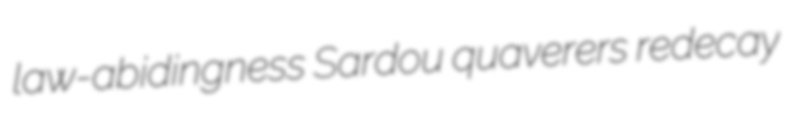
law-abidingness Sardou quaverers redecay